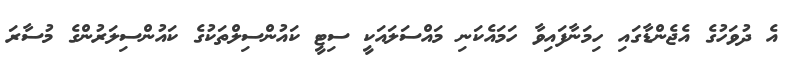
އެ ދުވަހުގެ އެޖެންޑާގައި ހިމަނާފައިވާ ހަމައެކަނި މައްސަލައަކީ ސިޓީ ކައުންސިލްތަކުގެ ކައުންސިލަރުންގެ މުސާރަ